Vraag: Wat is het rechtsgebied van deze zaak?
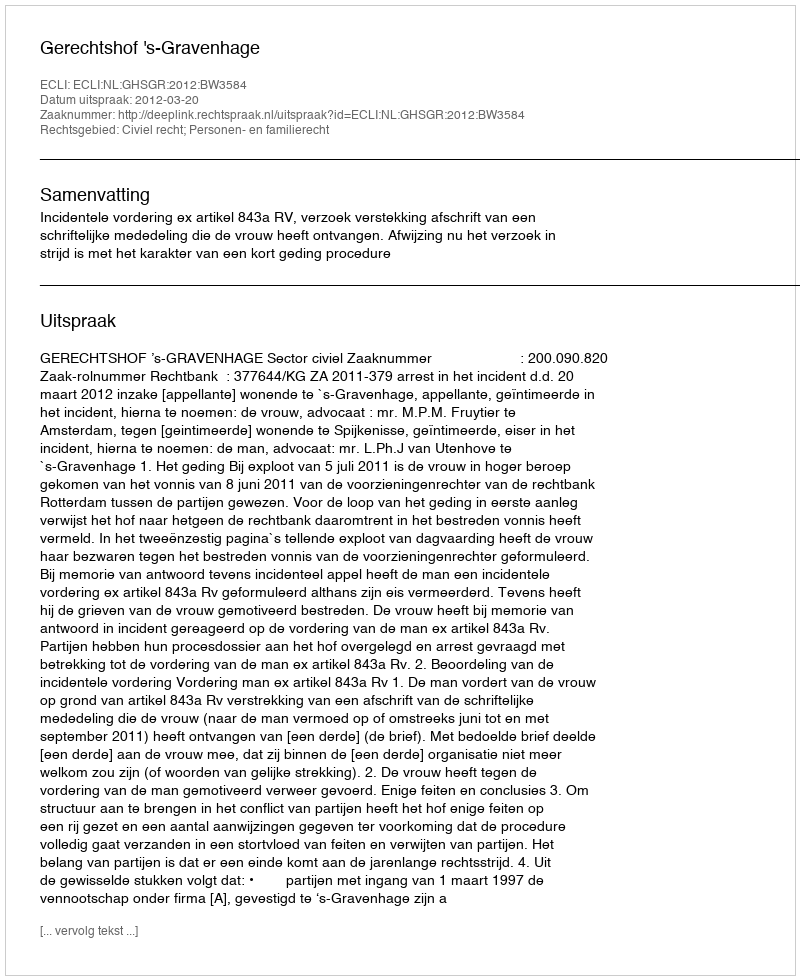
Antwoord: Civiel recht; Personen- en familierecht